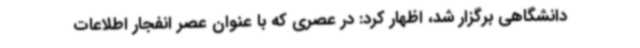
دانشگاهی برگزار شد، اظهار کرد: در عصری که با عنوان عصر انفجار اطلاعات